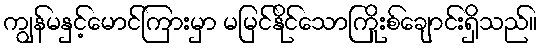
ကျွန်မနှင့်မောင်ကြားမှာ မမြင်နိုင်သောကြိုးစ်ချောင်းရှိသည်။